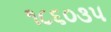
૧૮૬૦૩૫